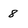
Character: 8